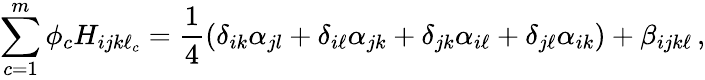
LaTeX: \sum_{c=1}^{m}\phi_{c}H_{ijk\ell_{c}}=\frac{1}{4}\left(\delta_{ik}\alpha_{jl}+\delta_{i\ell}\alpha_{jk}+\delta_{jk}\alpha_{i\ell}+\delta_{j\ell}\alpha_{ik}\right)+\beta_{ijk\ell}\, ,